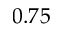
0 . 7 5